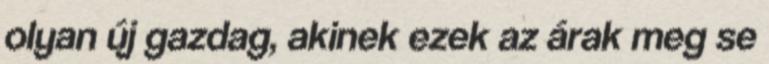
olyan új gazdag, akinek ezek az árak meg se